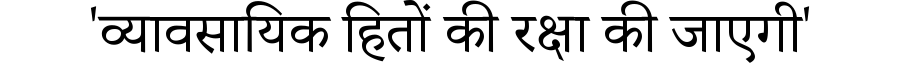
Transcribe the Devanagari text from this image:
'व्यावसायिक हितों की रक्षा की जाएगी'